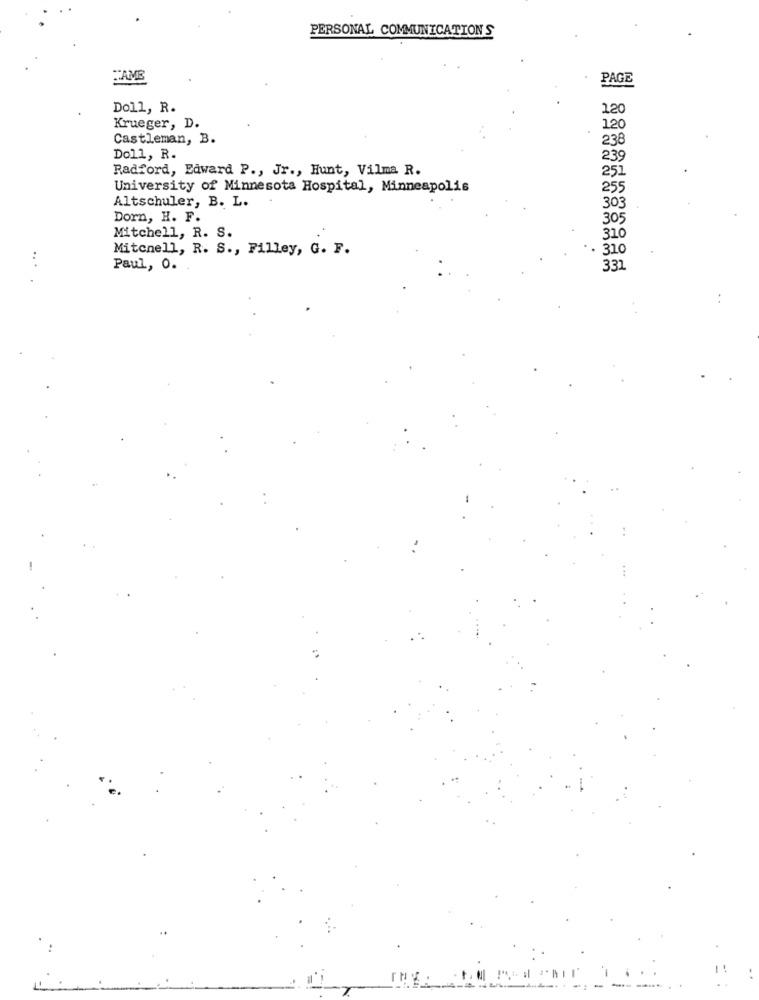
PERSONAL COMMUNICATIONS
FAME
PAGE
Doll, R.
120
Krueger, D.
120
Castleman, B.
238
Doll, R.
239
Radford, Edward P ., Jr ., Hunt, Vilma R.
251
University of Minnesota Hospital, Minneapolis
255
Altschuler, B. L.
303
Dorn, H. F.
305
310
Mitchell, R. S.
Mitchell, R. S ., Filley, G. F.
310
...
Paul, 0.
331
: